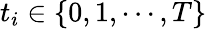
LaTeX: t_{i}\in\{ 0,1,\cdots,T\}